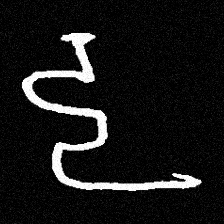
Pyu character \u2014 Myanmar letter: ဠ (romanized: lla)